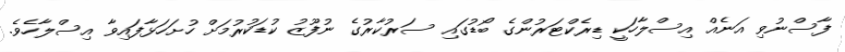
ފާސްނުވި އަނެއް އިސްލާހަކީ ޑިރެކްޓަރުންގެ ބޯޑުގައި ސަރުކާރުގެ ނުފޫޒު ކުޑަކުރުމަށް ހުށަހަޅާފައިވާ އިސްލާހެވެ.